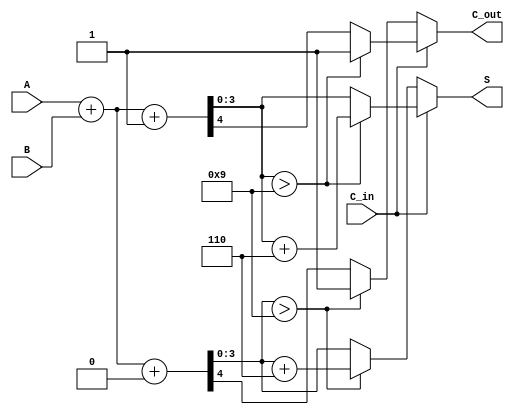
module BCD_Modified_Carry_Select_Adder (
    input [3:0] A,      // 4-bit BCD input A
    input [3:0] B,      // 4-bit BCD input B
    input C_in,         // Carry input
    output reg [3:0] S, // 4-bit BCD sum output
    output reg C_out    // Carry output
);

    wire [4:0] sum0;    // Sum when C_in = 0
    wire [4:0] sum1;    // Sum when C_in = 1
    wire carry0;        // Carry out when C_in = 0
    wire carry1;        // Carry out when C_in = 1

    // Full adder for C_in = 0
    assign sum0 = A + B + 1'b0; // Sum without carry
    assign carry0 = sum0[4];    // Carry out for C_in = 0

    // Full adder for C_in = 1
    assign sum1 = A + B + 1'b1; // Sum with carry
    assign carry1 = sum1[4];    // Carry out for C_in = 1

    // BCD Correction Logic
    always @(*) begin
        if (C_in) begin
            // Select sum1 and check for BCD correction
            if (sum1[3:0] > 4'd9) begin
                S = sum1[3:0] + 4'd6; // Apply BCD correction
                C_out = 1;            // Set carry out
            end else begin
                S = sum1[3:0];
                C_out = carry1;       // Carry out from sum1
            end
        end else begin
            // Select sum0 and check for BCD correction
            if (sum0[3:0] > 4'd9) begin
                S = sum0[3:0] + 4'd6; // Apply BCD correction
                C_out = 1;            // Set carry out
            end else begin
                S = sum0[3:0];
                C_out = carry0;       // Carry out from sum0
            end
        end
    end

endmodule